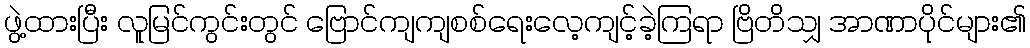
ဖွဲ့ထားပြီး လူမြင်ကွင်းတွင် ဗြောင်ကျကျစစ်ရေးလေ့ကျင့်ခဲ့ကြရာ ဗြိတိသျှ အာဏာပိုင်များ၏